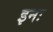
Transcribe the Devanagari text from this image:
इनः